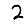
Digit: 2